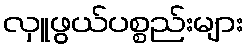
လှူဖွယ်ပစ္စည်းများ